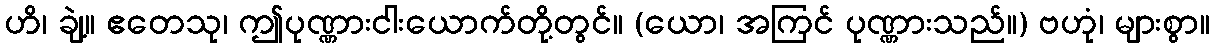
ဟိ၊ ချဲ့။ ဧတေသု၊ ဤပုဏ္ဏားငါးယောက်တို့တွင်။ (ယော၊ အကြင် ပုဏ္ဏားသည်။) ဗဟုံ၊ များစွာ။